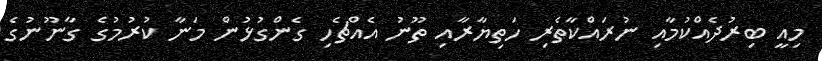
މިއީ ބިރުދެއްކުމާއި ނުރައްކާތެރި ހަތިޔާރާއި ތޫނު އެއްޗެހި ގެންގުޅުން މަނާ ކުރުމުގެ ގާނޫނުގެ